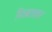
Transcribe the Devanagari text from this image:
मिठबावकर